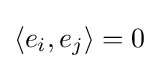
\langle e_{i},e_{j}\rangle =0